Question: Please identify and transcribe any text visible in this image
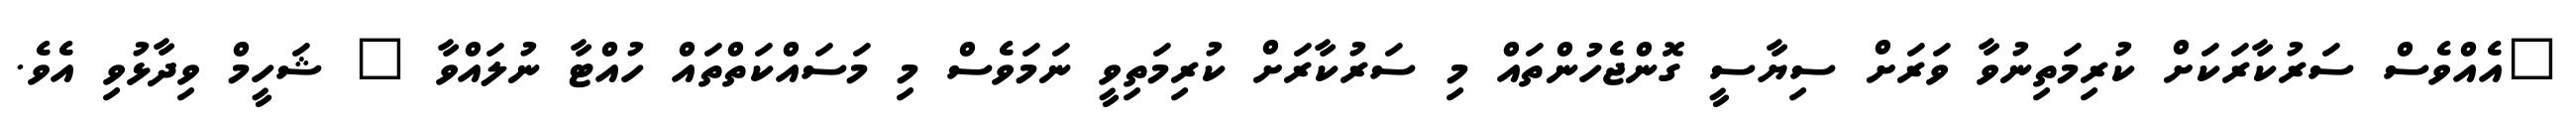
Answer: "އެއްވެސް ސަރުކާރަކަށް ކުރިމަތިނުވާ ވަރަށް ސިޔާސީ ގޮންޖެހުންތައް މި ސަރުކާރަށް ކުރިމަތިވީ ނަމަވެސް މި މަސައްކަތްތައް ހުއްޓާ ނުލައްވާ " ޝަހީމް ވިދާޅުވި އެވެ.